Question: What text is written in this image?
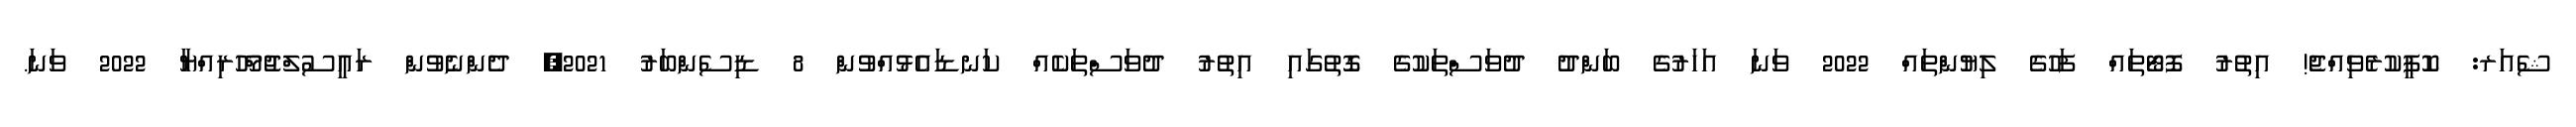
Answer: ޝެއަރ: ކޮޕީކުރެވިއްޖެ! އިތުރު ފޮޓޯތައް ފަހުގެ ލިޔުންތައް 2022 ވަނަ އަހަރުގެ ބަންދު ދުވަސްތަކުގެ ގޮތުގައި އިތުރު ދުވަސްތަކެއް ކަނޑައެޅުއްވުން 8 ޑިސެންބަރު 2021, ދެންނެވުން ރައީސުލްޖުމްހޫރިއްޔާ 2022 ވަނަ.